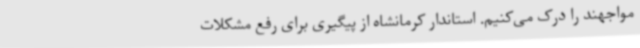
مواجهند را درک می‌کنیم. استاندار کرمانشاه از پیگیری برای رفع مشکلات